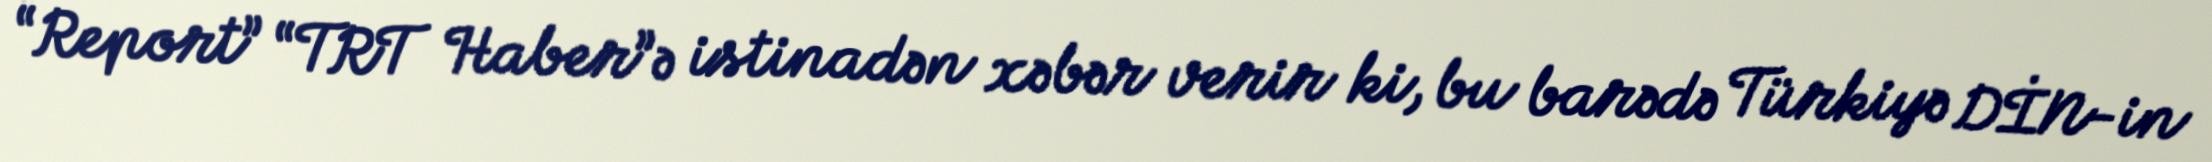
“Report” “TRT Haber”ə istinadən xəbər verir ki, bu barədə Türkiyə DİN-in